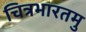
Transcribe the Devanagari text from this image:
चित्रभारतमु